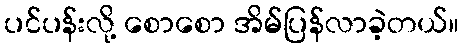
ပင်ပန်းလို့ စောစော အိမ်ပြန်လာခဲ့တယ်။